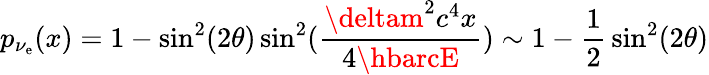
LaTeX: p_{\nu_{\mathrm{e}}}(x)=1-\sin^{2}(2\theta)\sin^{2}({\frac{{\deltam^{2}c^{4}x}}{{4\hbarcE}}})\sim1-{\frac{{1}}{{2}}}\sin^{2}(2\theta)